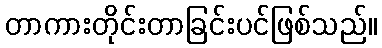
တာကားတိုင်းတာခြင်းပင်ဖြစ်သည်။